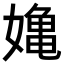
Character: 𭒗